Annual report on the lock hospitals of the Madras Presidency
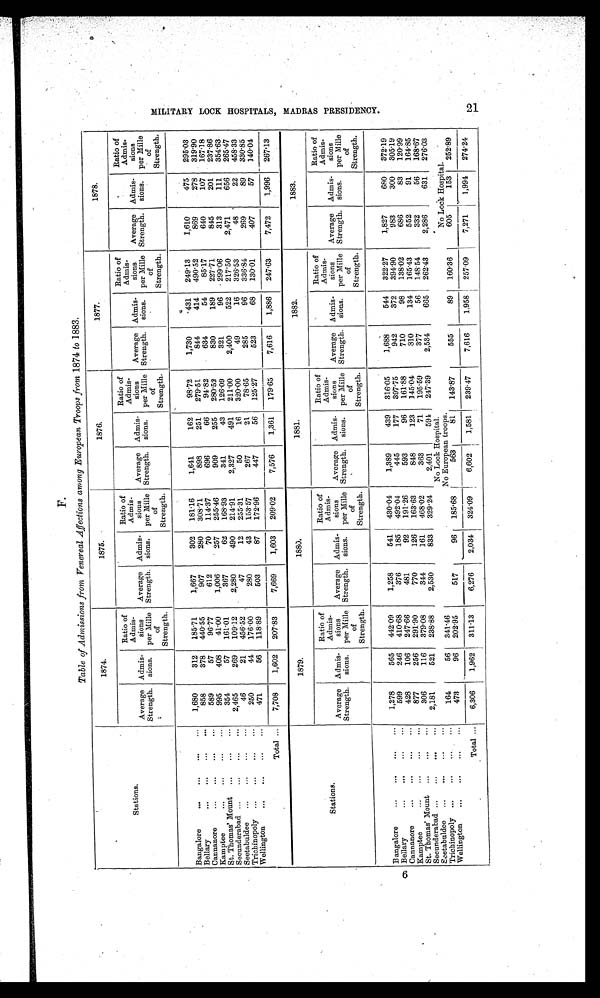
Stations.
1874.
1875.
1876.
1877.
1878.
Average
Strength.
Admis-
sions.
Ratio of
Admis-
sions
per Mille
of
Strength.
Average
Strength.
Admis-
sions.
Ratio of
Admis-
sions
per Mille
of
Strength.
Average
Strength.
Admis-
sions.
Ratio of
Admis-
sions
per Mille
of
Strength.
Average
Strength.
Admis-
sions.
Ratio of
Admis-
sions
per Mille
of
Strength.
Average
Strength.
Admis-
sions.
Ratio of
Admis-
sions
per Mille
of
Strength.
Bangalore
... ... ... ...
1,680
312 185.71
1,667
302 181.16
1,641
162
98.72
1,730
431 249.13
1,610
475 295.03
Bellary
...
...
...
...
858
378 440.55
907
280 308.71
898
251 279.51
844
414 490.52
869
278 319.90
Cannanore
... ... ...
...
589
57
96.77
612
70 114.37
696
66
94.82
634
54
85.17
640
107 167.18
Kamptee
... ... ...
...
995
408
41.00
1,006
257 255.46
909
255 280.52
830
189 227.71
845
201 237.86
St. Thomas' Mount ........
354
57 161.01
367
62 168.93
341
43 126.09
321
96 299.06
313
111 354.63
Secunderabad ... ... ... ... 2,465
269 109.12
2,280
490 214.91
2,327
491 211.00
2,400
522 217.50
2,471
656 265.47
Seetabuldee ... ... ... ...
46
21 456.52
47
12 255.31
50
16 320.00
49
16 326.53
48
22 458.33
Trichinopoly ... ... ... ...
250
44 176.00
280
43 153.57
267
21
78.65
285
96 336.84
269
89 330.85
Wellington
... ... ... ...
471
56 118.89
503
87 172.96
447
56 125.27
523
68 130.01
407
57 140.04
Total ...
7,708
1,602 207.83
7,669
1,603 209.02
7,576
1,361 179.65
7,616
1,886 247.63
7,472
1,996 267.13
Stations.
1879.
1880.
1881.
1882.
1883.
Average
Strength.
Admis-
sions.
Ratio of
Admis-
sions
per Mille
of
Strength.
Average
Strength.
Admis-
sions.
Ratio of
Admis-
sions
per Mille
of
Strength.
Average
Strength.
Admis-
sions.
Ratio of
Admis-
sions
per Mille
of
Strength.
Average
Strength.
Admis-
sions.
Ratio of
Admis-
sions
per Mille
of
Strength.
Average
Strength.
Admis-
sions.
Ratio of
Admis-
sions
per Mille
of
Strength.
Bangalore
... ... ... ...
1,278
565 442.09
1,258
541 430.04
1,389
439 316.05
1,688
544 322.27
1,827
680 372.19
Bellary
... ... ...
...
599
246 410.68
376
185 492.04
445
177 397.75
942
372 394.90
983
300 305.19
Cannanore
... ... ... ...
428
106 247.66
481
92 191.26
593
96 161.88
710
98 138.02
686
83 120.99
Kamptee
... ... ... ...
877
256 291.90
770
126 163.63
848
123 145.04
310
134 165.43
552
91 164.85
St. Thomas' Mount ... ... ...
306
116 379.08
344
161 468.02
363
71 195.59
377
56 148.54
332
56 168.67
Secunderabad ... ... ... ... 2,181
521 238.88
2,530
833 329.24
2,401
594 247.39
2,534
665 262.43
2,286
631 276.03
Seetabuldee ... ... ... ...
No Lock Hospital.
.
Trichinopoly ...
...
...
164
56 341.46
No European troops.
No Lock Hospital.
Wellington ... ... ... ...
473
96 202.95
517
96 185.68
563
81 143.87
555
89 160.36
605
153 252.89
Total ...
6,306
1,962 311.13
6,276
2,034 324.09
6,602
1,581 239.47
7,616
1,958 257.09
7,271
1,994 274.24
M I L I T A R Y L O C K H O S P I T A L S , M A D R A S P R E S I D E N C Y .
21
F.
Table of Admissions from Venereal Affections among European Troops from 1874 to 1883.